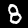
Digit: 8